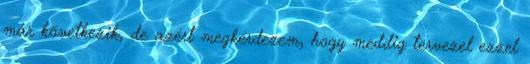
már következik, de azért megkérdezem, hogy meddig tervezel ezzel